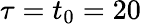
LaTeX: \tau=t_{0}=20